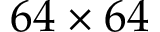
6 4 \times 6 4